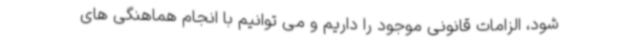
شود، الزامات قانونی موجود را داریم و می توانیم با انجام هماهنگی های